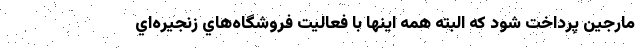
مارجين پرداخت شود كه البته همه اينها با فعاليت فروشگاه‌هاي زنجيره‌اي